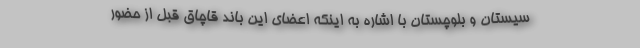
سیستان و بلوچستان با اشاره به اینکه اعضای این باند قاچاق قبل از حضور